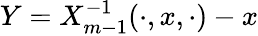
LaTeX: Y=X_{m-1}^{-1}(\cdot,x,\cdot)-x